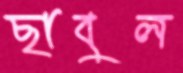
ছাবুল